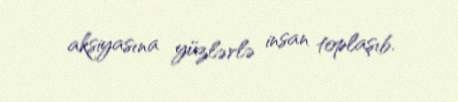
aksiyasına yüzlərlə insan toplaşıb.